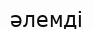
әлемді